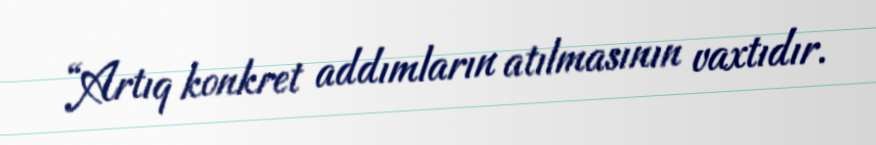
“Artıq konkret addımların atılmasının vaxtıdır.